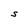
Character: S